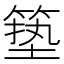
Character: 𮅣